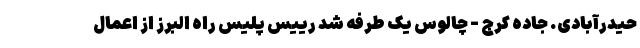
حیدرآبادی. جاده کرج - چالوس یک طرفه شد رییس پلیس راه البرز از اعمال